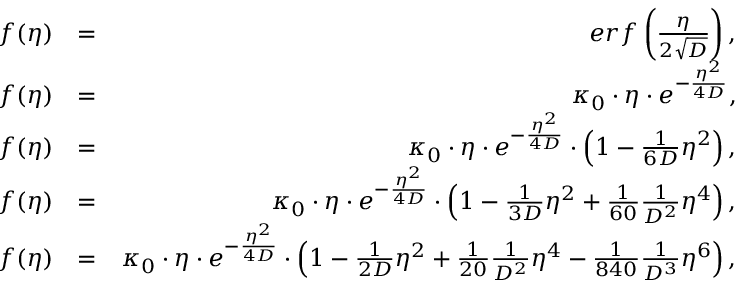
\begin{array} { r l r } { f ( \eta ) } & { = } & { e r f \left( { \frac { \eta } { 2 \sqrt { D } } } \right) , } \\ { f ( \eta ) } & { = } & { \kappa _ { 0 } \cdot \eta \cdot e ^ { - \frac { \eta ^ { 2 } } { 4 D } } , } \\ { f ( \eta ) } & { = } & { \kappa _ { 0 } \cdot \eta \cdot e ^ { - \frac { \eta ^ { 2 } } { 4 D } } \cdot \left( 1 - \frac { 1 } { 6 D } \eta ^ { 2 } \right) , } \\ { f ( \eta ) } & { = } & { \kappa _ { 0 } \cdot \eta \cdot e ^ { - \frac { \eta ^ { 2 } } { 4 D } } \cdot \left( 1 - \frac { 1 } { 3 D } \eta ^ { 2 } + \frac { 1 } { 6 0 } \frac { 1 } { D ^ { 2 } } \eta ^ { 4 } \right) , } \\ { f ( \eta ) } & { = } & { \kappa _ { 0 } \cdot \eta \cdot e ^ { - \frac { \eta ^ { 2 } } { 4 D } } \cdot \left( 1 - \frac { 1 } { 2 D } \eta ^ { 2 } + \frac { 1 } { 2 0 } \frac { 1 } { D ^ { 2 } } \eta ^ { 4 } - \frac { 1 } { 8 4 0 } \frac { 1 } { D ^ { 3 } } \eta ^ { 6 } \right) , } \end{array}